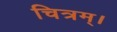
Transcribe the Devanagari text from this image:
चित्रम्।